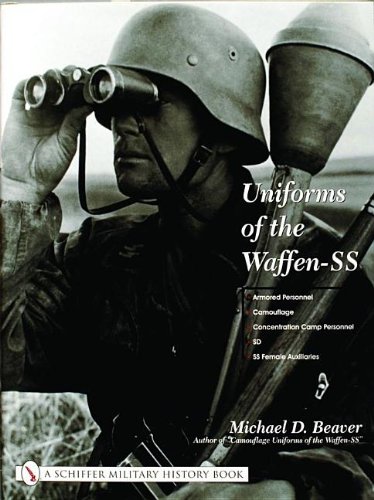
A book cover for Uniforms Of The Waffen-ss; Michael D. Beaver; Crafts, Hobbies & Home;